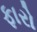
ફારો